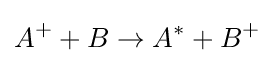
A^{+}+B\rightarrow A^{*}+B^{+}